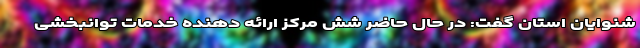
شنوایان استان گفت: در حال حاضر شش مرکز ارائه دهنده خدمات توانبخشی